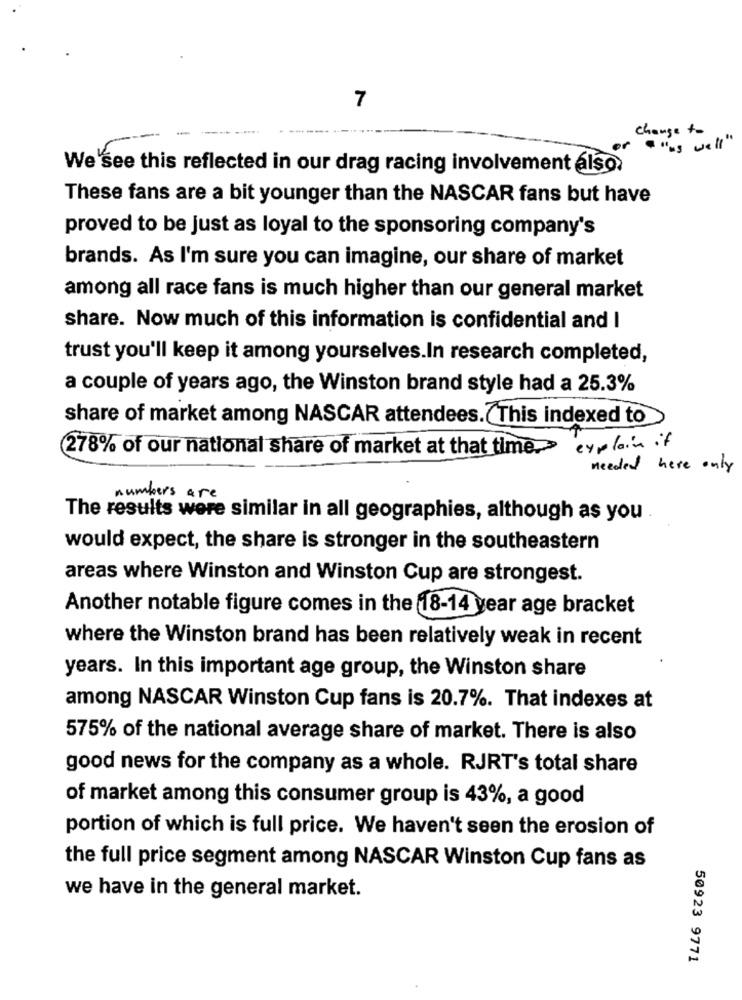
7
change to
or
" as well "
We'see this reflected in our drag racing involvement also,
These fans are a bit younger than the NASCAR fans but have
proved to be just as loyal to the sponsoring company's
brands. As I'm sure you can imagine, our share of market
among all race fans is much higher than our general market
share. Now much of this information is confidential and I
trust you'll keep it among yourselves.In research completed,
a couple of years ago, the Winston brand style had a 25.3%
share of market among NASCAR attendees. This indexed to
278% of our national share of market at that time>
explain it
needed here only
numbers are
The results were similar in all geographies, although as you
would expect, the share is stronger in the southeastern
areas where Winston and Winston Cup are strongest.
Another notable figure comes in the 18-14 year age bracket
where the Winston brand has been relatively weak in recent
years. In this important age group, the Winston share
among NASCAR Winston Cup fans is 20.7%. That indexes at
575% of the national average share of market. There is also
good news for the company as a whole. RJRT's total share
of market among this consumer group is 43%, a good
portion of which is full price. We haven't seen the erosion of
the full price segment among NASCAR Winston Cup fans as
we have in the general market.
50923 9771